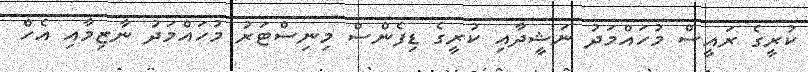
ކުރީގެ ރައީސް މުހައްމަދު ނަޝީދާއި ކުރީގެ ޑިފެންސް މިނިސްޓަރު މުހައްމަދު ނާޒިމާއި އެހެް